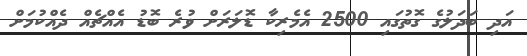
އަދި ބަދަލުގެ ގޮތުގައި 2500 އެމެރިކާ ޑޮލަރަށް ވުރެ ބޮޑު އެއްޗެއް ދެއްކުމަށް